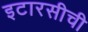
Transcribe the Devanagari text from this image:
इटारसीची